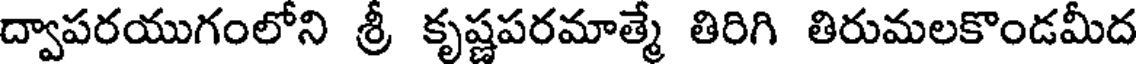
ద్వాపరయుగంలోని శ్రీ కృష్ణపరమాత్మే తిరిగి తిరుమలకొండమీద